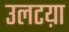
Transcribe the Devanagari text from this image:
उलटय़ा